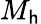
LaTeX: M_{\mathsf{h}}